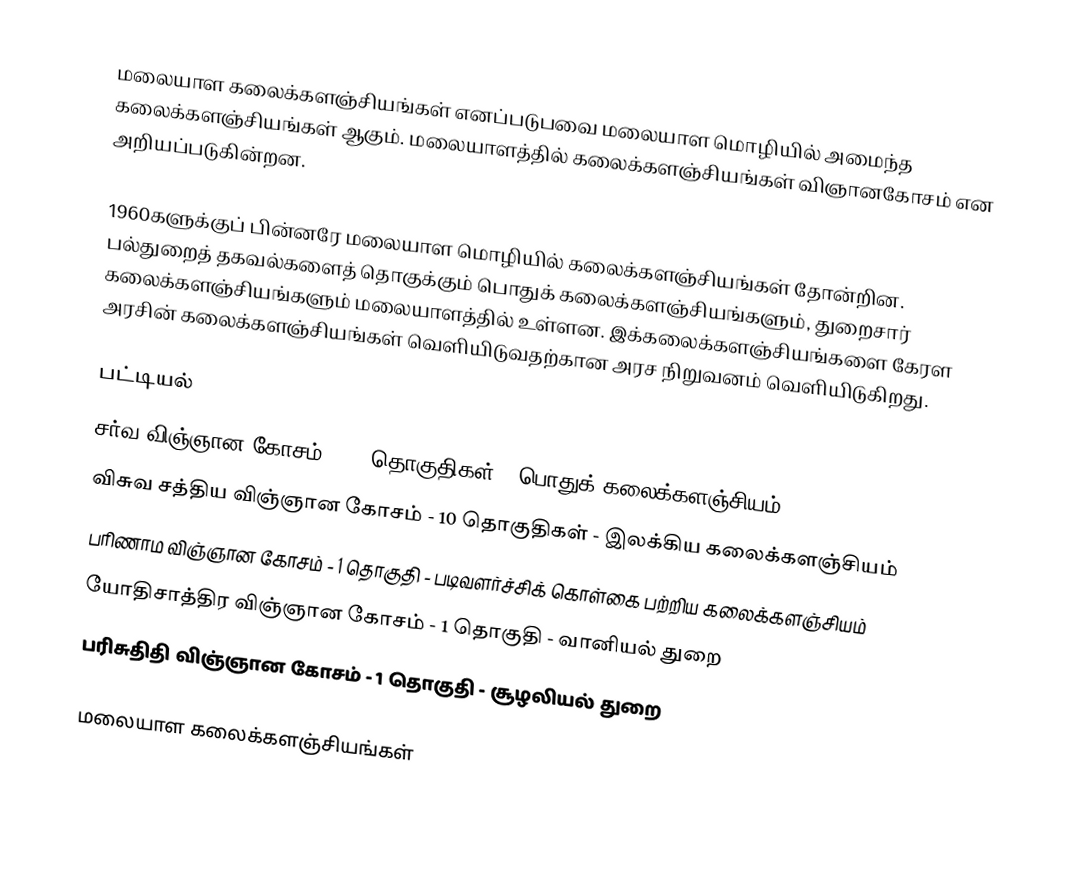
மலையாள கலைக்களஞ்சியங்கள் எனப்படுபவை மலையாள மொழியில் அமைந்த கலைக்களஞ்சியங்கள் ஆகும். மலையாளத்தில் கலைக்களஞ்சியங்கள் விஞானகோசம் என அறியப்படுகின்றன.

1960களுக்குப் பின்னரே மலையாள மொழியில் கலைக்களஞ்சியங்கள் தோன்றின. பல்துறைத் தகவல்களைத் தொகுக்கும் பொதுக் கலைக்களஞ்சியங்களும், துறைசார் கலைக்களஞ்சியங்களும் மலையாளத்தில் உள்ளன.  இக்கலைக்களஞ்சியங்களை கேரள அரசின் கலைக்களஞ்சியங்கள் வெளியிடுவதற்கான அரச நிறுவனம் வெளியிடுகிறது.

பட்டியல்
 சர்வ விஞ்ஞான கோசம் - 20 தொகுதிகள் - பொதுக் கலைக்களஞ்சியம்
 விசுவ சத்திய விஞ்ஞான கோசம் - 10 தொகுதிகள் - இலக்கிய கலைக்களஞ்சியம்
 பரிணாம விஞ்ஞான கோசம் - 1 தொகுதி - படிவளர்ச்சிக் கொள்கை பற்றிய கலைக்களஞ்சியம்
 யோதிசாத்திர விஞ்ஞான கோசம் - 1 தொகுதி - வானியல் துறை
 பரிசுதிதி விஞ்ஞான கோசம் - 1 தொகுதி - சூழலியல் துறை

மலையாள கலைக்களஞ்சியங்கள்